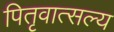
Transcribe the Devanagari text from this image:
पितृवात्सल्य